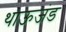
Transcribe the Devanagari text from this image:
थाऊजंड